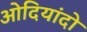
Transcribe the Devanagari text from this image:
ओदियांदो